Indian journal of veterinary science and animal husbandry - Volume 11,
Year: 1941
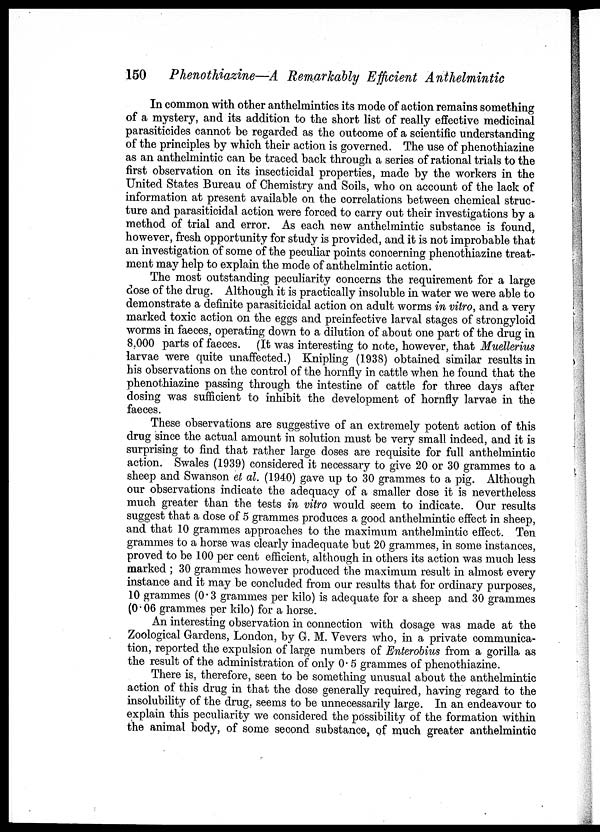
150 Phenothiazine—A Remarkably Efficient Anthelmintic
In common with other anthelmintics its mode of action remains something
of a mystery, and its addition to the short list of really effective medicinal
parasiticides cannot be regarded as the outcome of a scientific understanding
of the principles by which their action is governed. The use of phenothiazine
as an anthelmintic can be traced back through a series of rational trials to the
first observation on its insecticidal properties, made by the workers in the
United States Bureau of Chemistry and Soils, who on account of the lack of
information at present available on the correlations between chemical struc-
ture and parasiticidal action were forced to carry out their investigations by a
method of trial and error. As each new anthelmintic substance is found,
however, fresh opportunity for study is provided, and it is not improbable that
an investigation of some of the peculiar points concerning phenothiazine treat-
ment may help to explain the mode of anthelmintic action.
The most outstanding peculiarity concerns the requirement for a large
dose of the drug. Although it is practically insoluble in water we were able to
demonstrate a definite parasiticidal action on adult worms in vitro, and a very
marked toxic action on the eggs and preinfective larval stages of strongyloid
worms in faeces, operating down to a dilution of about one part of the drug in
8.000 parts of faeces. (It was interesting to note, however, that Muellerius
larvae were quite unaffected.) Knipling (1938) obtained similar results in
his observations on the control of the hornfly in cattle when he found that the
phenothiazine passing through the intestine of cattle for three days after
dosing was sufficient to inhibit the development of hornfly larvae in the
faeces.
These observations are suggestive of an extremely potent action of this
drug since the actual amount in solution must be very small indeed, and it is
surprising to find that rather large doses are requisite for full anthelmintic
action. Swales (1939) considered it necessary to give 20 or 30 grammes to a
sheep and Swanson et al. (1940) gave up to 30 grammes to a pig. Although
our observations indicate the adequacy of a smaller dose it is nevertheless
much greater than the tests in vitro would seem to indicate. Our results
suggest that a dose of 5 grammes produces a good anthelmintic effect in sheep,
and that 10 grammes approaches to the maximum anthelmintic effect. Ten
grammes to a horse was clearly inadequate but 20 grammes, in some instances,
proved to be 100 per cent efficient, although in others its action was much less
marked ; 30 grammes however produced the maximum result in almost every
instance and it may be concluded from our results that for ordinary purposes,
10 grammes (0.3 grammes per kilo) is adequate for a sheep and 30 grammes
(0.06 grammes per kilo) for a horse.
An interesting observation in connection with dosage was made at the
Zoological Gardens, London, by G. M. Vevers who, in a private communica-
tion, reported the expulsion of large numbers of Enterobius from a gorilla as
the result of the administration of only 0. 5 grammes of phenothiazine.
There is, therefore, seen to be something unusual about the anthelmintic
action of this drug in that the dose generally required, having regard to the
insolubility of the drug, seems to be unnecessarily large. In an endeavour to
explain this peculiarity we considered the possibility of the formation within
the animal body, of some second substance, of much greater anthelmintic